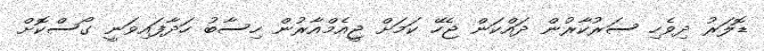
ޑޮލަރު ދިވެހި ސަރުކާރުން ދައްކަން ޖެހޭ ކަމަށް ޖީއެމްއާރުން ހިސާބު ހަދާފައިވަނީ ގޯސްކޮށް